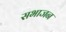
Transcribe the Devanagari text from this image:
सभाजन